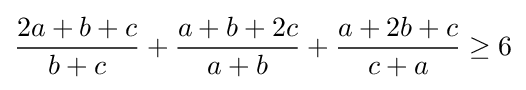
{\frac {2a+b+c}{b+c}}+{\frac {a+b+2c}{a+b}}+{\frac {a+2b+c}{c+a}}\geq 6